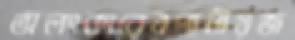
অলংকারেরপানীয়জ